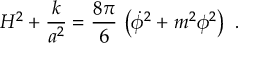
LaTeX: H ^ { 2 } + { \frac { k } { a ^ { 2 } } } = { \frac { 8 \pi } { 6 } } \, \left( \dot { \phi } ^ { 2 } + m ^ { 2 } \phi ^ { 2 } \right) \ .